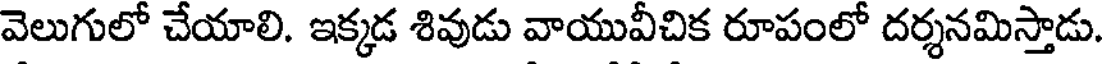
వెలుగులో చేయాలి. ఇక్కడ శివుడు వాయువీచిక రూపంలో దర్శనమిస్తాడు.